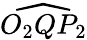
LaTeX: \widehat{O_{2}QP_{2}}